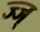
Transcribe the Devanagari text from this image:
ज्ज्